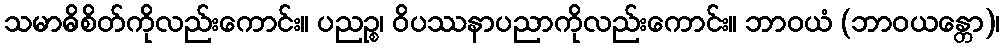
သမာဓိစိတ်ကိုလည်းကောင်း။ ပညဉ္စ၊ ဝိပဿနာပညာကိုလည်းကောင်း။ ဘာဝယံ (ဘာဝယန္တော)၊